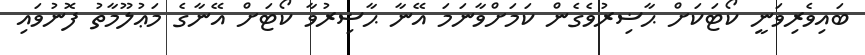
ބައިވެރިވަނީ ކޯޓަކަށް ޙާޟިރުވެގެން ކަމަށްވާނަމަ އޭނާ ޙާޟިރުވާ ކޯޓަށް އޭނާގެ މަޢުލޫމާތު ފޮނުވައި